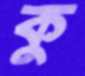
কু